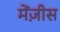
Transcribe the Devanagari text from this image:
मेंज़ीस